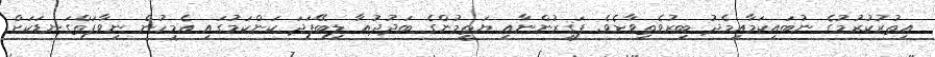
އިތުރުކުރުމުގެ ނުބައިކަމާއިމެދު ބިރުވެތިވާށެވެ. ފަޤީރުންނާއި ޔަތީމުންގެ ބަދުދުޢާ ލިބޭފަދަ ކަންކަމުގައި އެމީހުން ނިވާފަތްގަނޑަކަށް